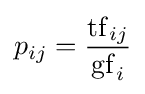
p_{ij}={\frac {\mathrm {tf} _{ij}}{\mathrm {gf} _{i}}}